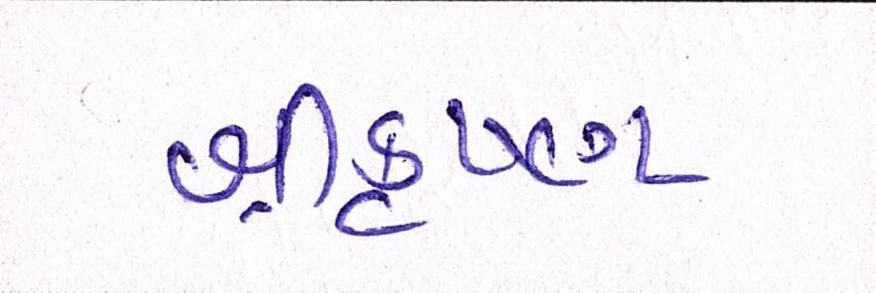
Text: શ્રીકૃષ્ણ